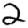
Digit: 2